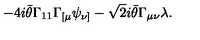
- 4 i \bar { \theta } \Gamma _ { 1 1 } \Gamma _ { [ \mu } \psi _ { \nu ] } - \sqrt { 2 } i \bar { \theta } \Gamma _ { \mu \nu } \lambda .